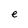
Character: e